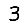
Digit: 3